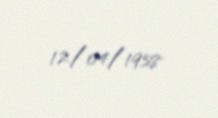
12/04/1958